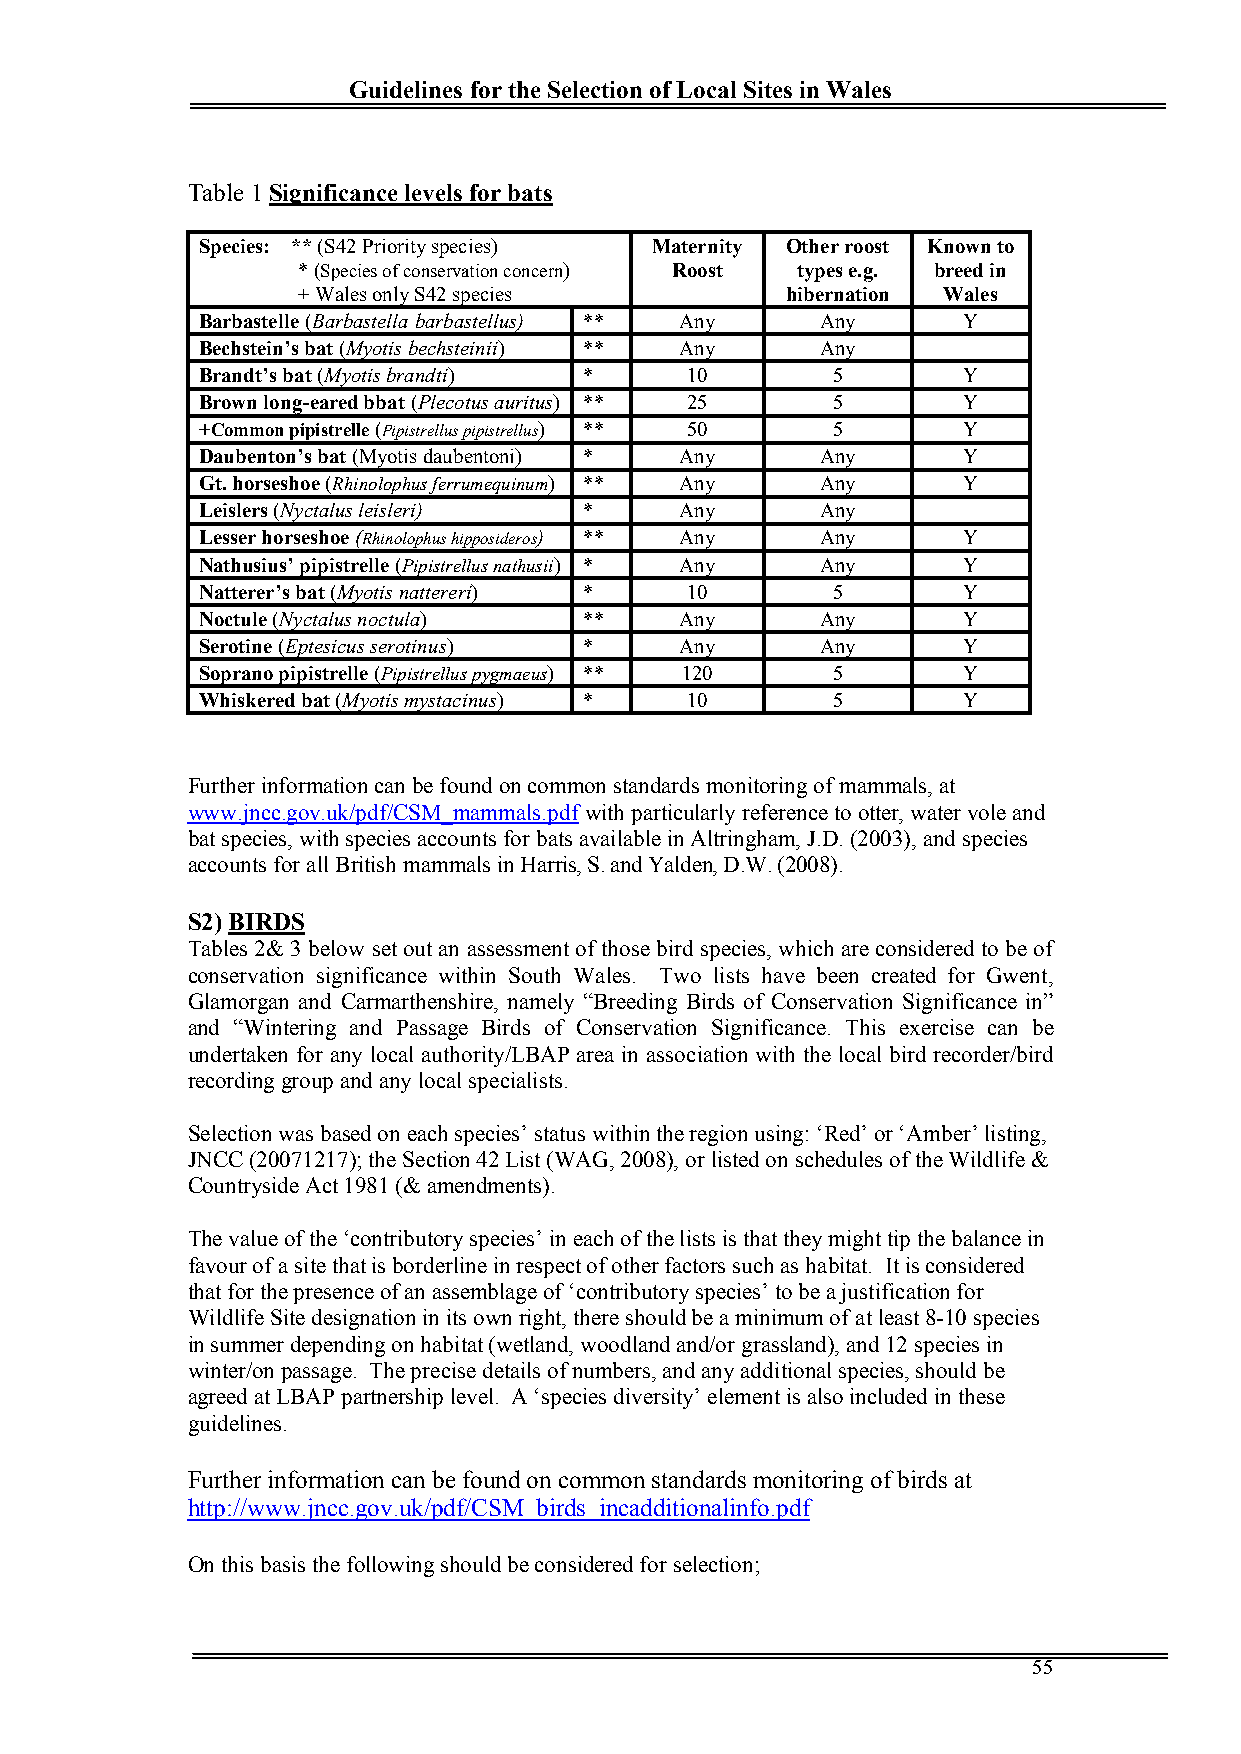
Guidelines for the Selection of Local Sites in Wales
 Table 1Significance levels for bats
 Species: ** (S42 Priority species) Maternity Other roost Known to
 * (Species of conservation concern) Roost types e.g. breed in
 + Wales only S42 species        hibernation Wales
 Barbastelle (Barbastella barbastellus) ** Any Any  Y
 Bechstein’s bat(Myotis bechsteinii) ** Any Any
 Brandt’s bat(Myotis brandti) *  10        5        Y
 Brown long-eared bbat (Plecotus auritus) ** 25 5   Y
 +Common pipistrelle(Pipistrellus pipistrellus) ** 50 5 Y
 Daubenton’s bat (Myotis daubentoni) * Any Any      Y
 Gt. horseshoe (Rhinolophus ferrumequinum) ** Any Any Y
 Leislers (Nyctalus leisleri) *  Any      Any
 Lesser horseshoe (Rhinolophus hipposideros) * * Any Any Y
 Nathusius’ pipistrelle (Pipistrellus nathusii) * A n y Any Y
 Natterer’s bat(Myotis nattereri) * 10     5        Y
 Noctule (Nyctalus noctula) **   Any      Any       Y
 Serotine (Eptesicus serotinus) * Any     Any       Y
 Soprano pipistrelle (Pipistrellus pygmaeus) * * 1 2 0 5 Y
 Whiskered bat(Myotis mystacinus) * 10     5        Y
 Further information can be found on common standards monitoring of mammals, at
 www.jncc.gov.uk/pdf/CSM_mammals.pdfwith particularly reference to otter, water vole and
 bat species, with species accounts for bats available in Altringham, J.D. (2003), and species
 accounts for all British mammals in Harris, S. and Yalden, D.W. (2008).
 S2) BIRDS
 Tables 2& 3 below set out an assessment of those bird species, which are considered to be of
 conservation significance within South Wales. Two lists have been created for Gwent,
 Glamorgan and Carmarthenshire, namely “Breeding Birds of Conservation Significance in”
 and “Wintering and Passage Birds of Conservation Significance. This exercise can be
 undertaken for any local authority/LBAP area in association with the local bird recorder/bird
 recording group and any local specialists.
 Selection was based on each species’ status within the region using: ‘Red’ or ‘Amber’ listing,
 JNCC (20071217); the Section 42List(WAG, 2008), or listed on schedules of the Wildlife &
 Countryside Act 1981 (& amendments).
 The value of the ‘contributory species’ in each of the lists is that they might tip the balance in
 favour of a site that is borderline in respect of other factors such as habitat. It is considered
 that for the presence of an assemblage of ‘contributory species’ to be a justification for
 Wildlife Site designation in its own right, there should be a minimum of at least 8-10 species
 in summer depending on habitat (wetland, woodland and/or grassland), and 12 species in
 winter/on passage. The precise details of numbers, and any additional species, should be
 agreed at LBAP partnership level. A ‘species diversity’ element is also included in these
 guidelines.
 Further information can be found on common standards monitoring of birds at
 http://www.jncc.gov.uk/pdf/CSM_birds_incadditionalinfo.pdf
 On this basis the following should be considered for selection;
 55